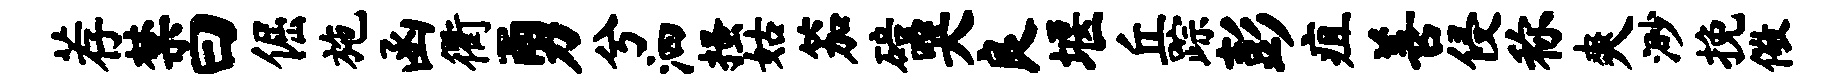
荐禁曰倔施函衢勇兮泗搔姑笳碚哭良堰丘踪彭疽善侵称爽渺挽儆